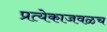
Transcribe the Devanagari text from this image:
प्रत्येकाजवळच